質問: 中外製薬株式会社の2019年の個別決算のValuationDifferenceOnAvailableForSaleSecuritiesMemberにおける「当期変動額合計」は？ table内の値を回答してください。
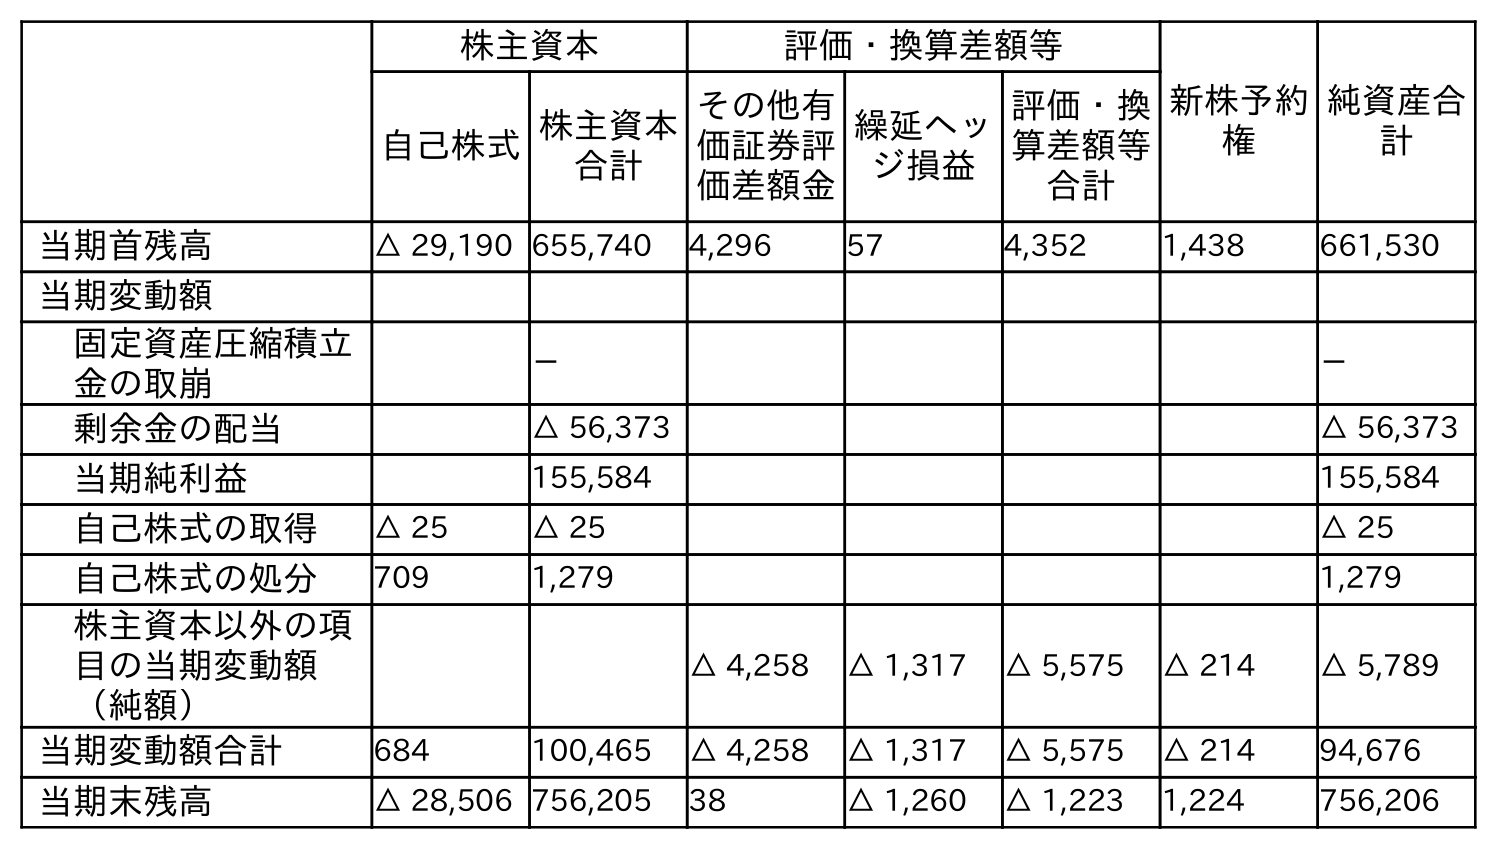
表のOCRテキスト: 株主資本 評価・換算差額等 新株予約 権 純資産合 計 自己株式株主資本 合計 その他有 価証券評 価差額金 繰延ヘッ ジ損益 評価・換 算差額等 合計 当期首残高 △ 29,190 655,740 4,296 57 4,352 1,438 661,530 当期変動額 固定資産圧縮積立 金の取崩 － － 剰余金の配当 △ 56,373 △ 56,373 当期純利益 155,584 155,584 自己株式の取得 △ 25 △ 25 △ 25 自己株式の処分 709 1,279 1,279 株主資本以外の項 目の当期変動額 （純額） △ 4,258 △ 1,317 △ 5,575 △ 214 △ 5,789 当期変動額合計 684 100,465 △ 4,258 △ 1,317 △ 5,575 △ 214 94,676 当期末残高 △ 28,506 756,205 38 △ 1,260 △ 1,223 1,224 756,206
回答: △4,258